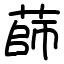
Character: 蒒